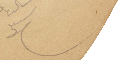
سبعلي